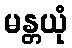
မန္တယုံ